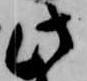
此